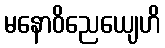
မနောဝိညေယျေဟိ